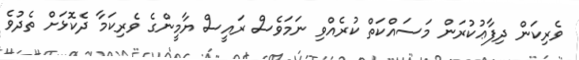
ވެރިކަން ދިފާޢުކުރަން މަސައްކަތް ކުރެއްވި ނަމަވެސް ރައީސް ޔާމީންގެ ވެރިކަމާ ދެކޮޅަށް ތެދުވެ